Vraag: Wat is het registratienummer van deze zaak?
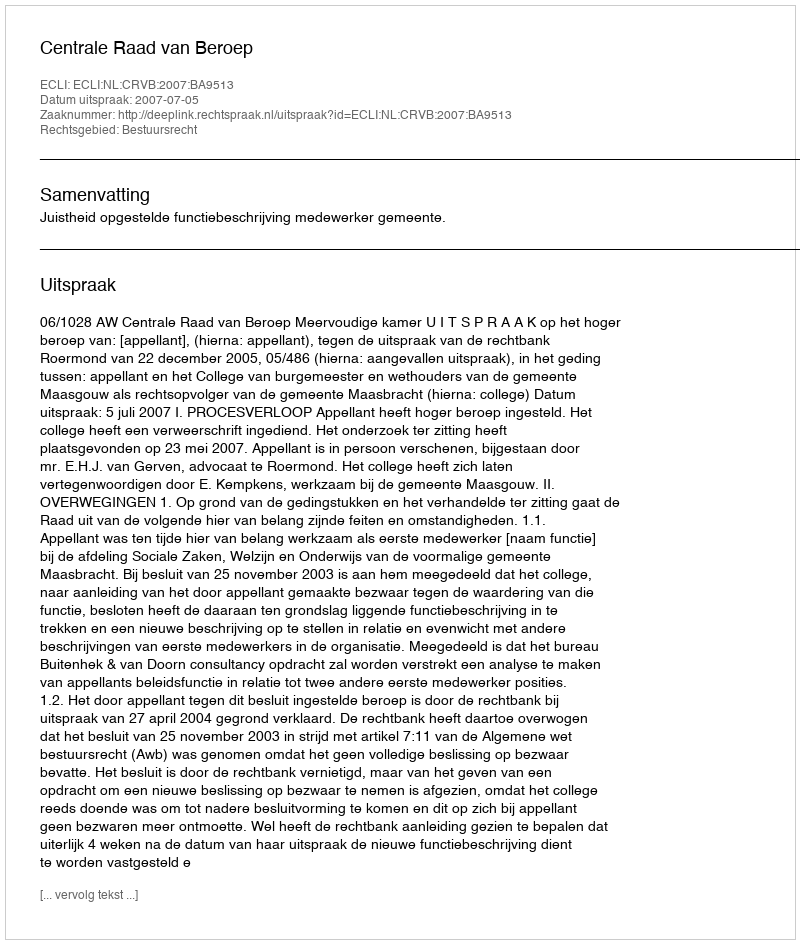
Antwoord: http://deeplink.rechtspraak.nl/uitspraak?id=ECLI:NL:CRVB:2007:BA9513